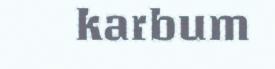
karbum